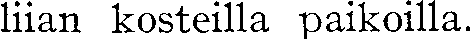
liian kosteilla paikoilla.